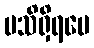
မသိရှိရပေ